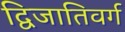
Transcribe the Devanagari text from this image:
द्विजातिवर्ग